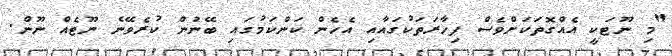
"މި ނޫޓަކީ އެއްގޮތަކަށްވެސް ފިހާރަތަކުގައާއި އެހެން ކަންކަމުގައި ބޭނުން ކުރެވޭނެ ނޫޓެއް ނޫން.